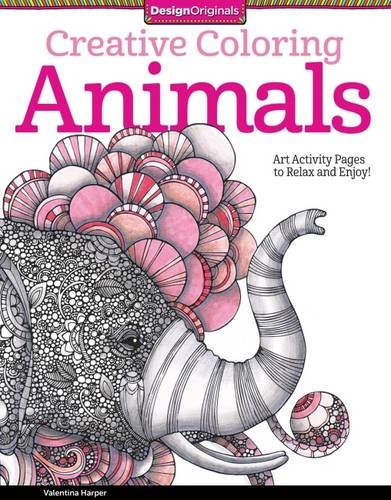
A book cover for Creative Coloring Animals: Art Activity Pages to Relax and Enjoy! (Design Originals); Valentina Harper; Arts & Photography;